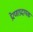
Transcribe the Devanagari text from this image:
प्रेरणाप्रदायक